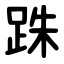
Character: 跦